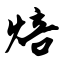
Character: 焙